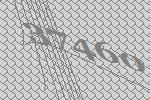
37460